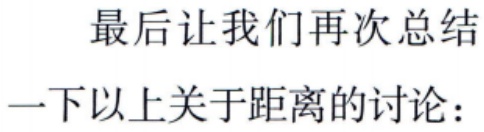
最后让我们再次总结

一下以上关于距离的讨论：